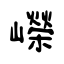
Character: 嶸